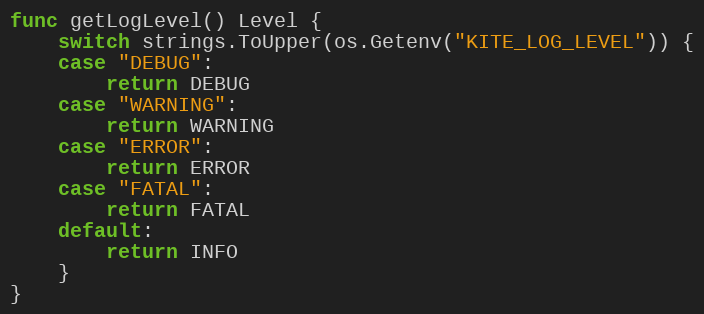
Language: Go
func getLogLevel() Level {
	switch strings.ToUpper(os.Getenv("KITE_LOG_LEVEL")) {
	case "DEBUG":
		return DEBUG
	case "WARNING":
		return WARNING
	case "ERROR":
		return ERROR
	case "FATAL":
		return FATAL
	default:
		return INFO
	}
}